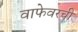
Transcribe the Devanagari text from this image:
वाफेवरची